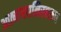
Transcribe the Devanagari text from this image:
आत्मग्लानिस्वरूप